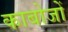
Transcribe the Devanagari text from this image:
काबोजों